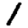
Digit: 1